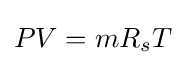
PV=mR_{s}T